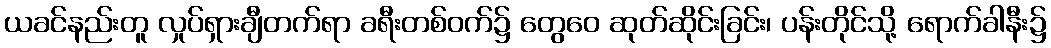
ယခင်နည်းတူ လှုပ်ရှားချီတက်ရာ ခရီးတစ်ဝက်၌ တွေဝေ ဆုတ်ဆိုင်းခြင်း၊ ပန်းတိုင်သို့ ရောက်ခါနီး၌